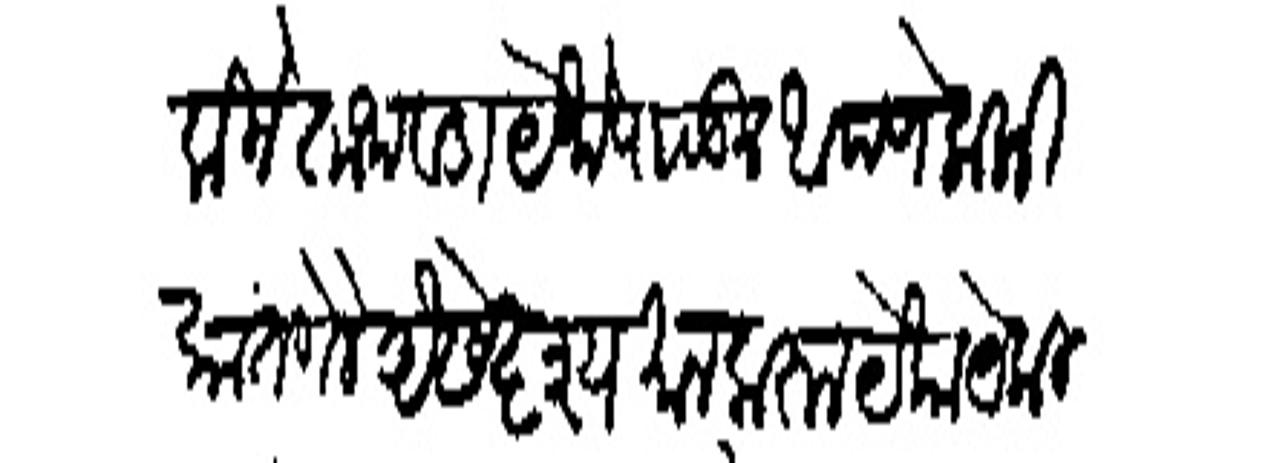
Transliteration (Devanagari): किले ताथवडा येचे पाठऊन आपण लोकिकांत गेले ऐसे दृश्यमान करुन येकायेकी